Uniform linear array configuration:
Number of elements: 24
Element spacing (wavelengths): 1
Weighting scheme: blackman
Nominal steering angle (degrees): -45
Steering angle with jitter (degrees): -44.36
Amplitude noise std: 0.05
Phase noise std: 0.05

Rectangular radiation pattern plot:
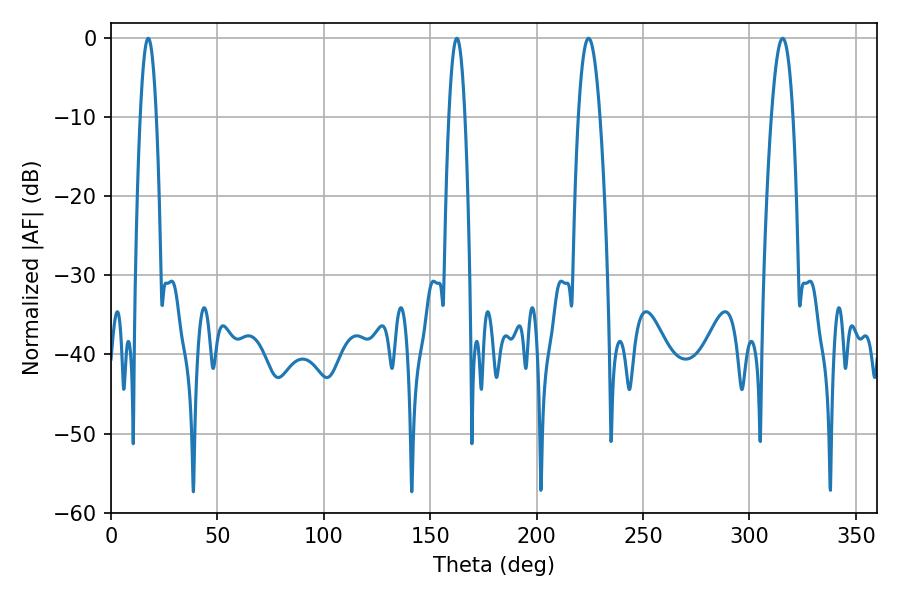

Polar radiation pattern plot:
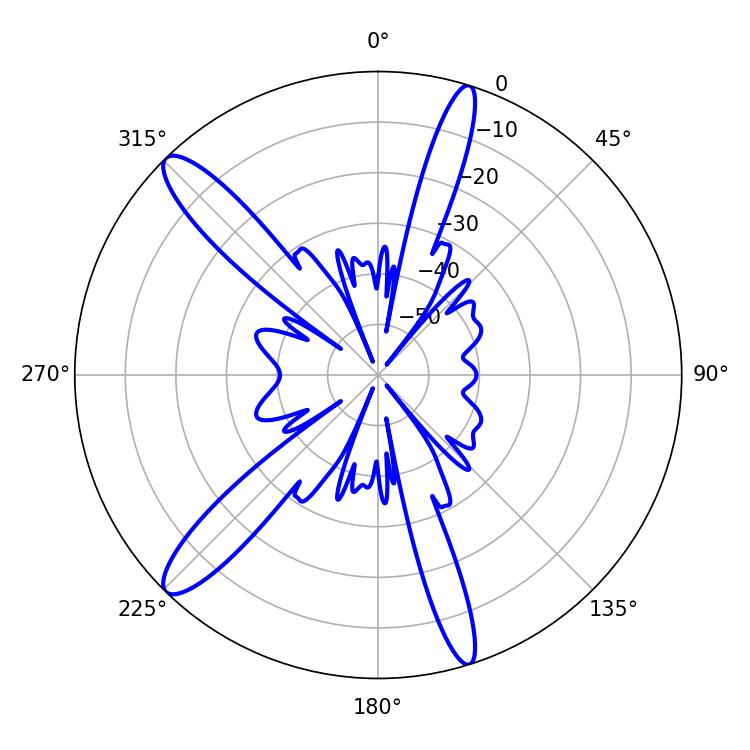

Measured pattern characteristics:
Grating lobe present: TRUE
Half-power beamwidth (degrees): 4.14
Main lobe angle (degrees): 17.46